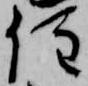
住